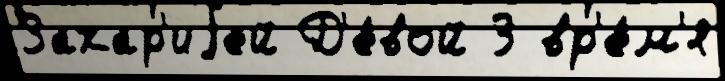
Захар'иjей Д'е́вой 3 вр'е́м'я